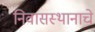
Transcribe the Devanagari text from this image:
निवासस्थानाचे